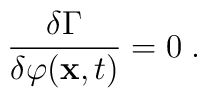
\frac{\delta \Gamma}{\delta  \varphi({\bf x}, t)} = 0 \; .